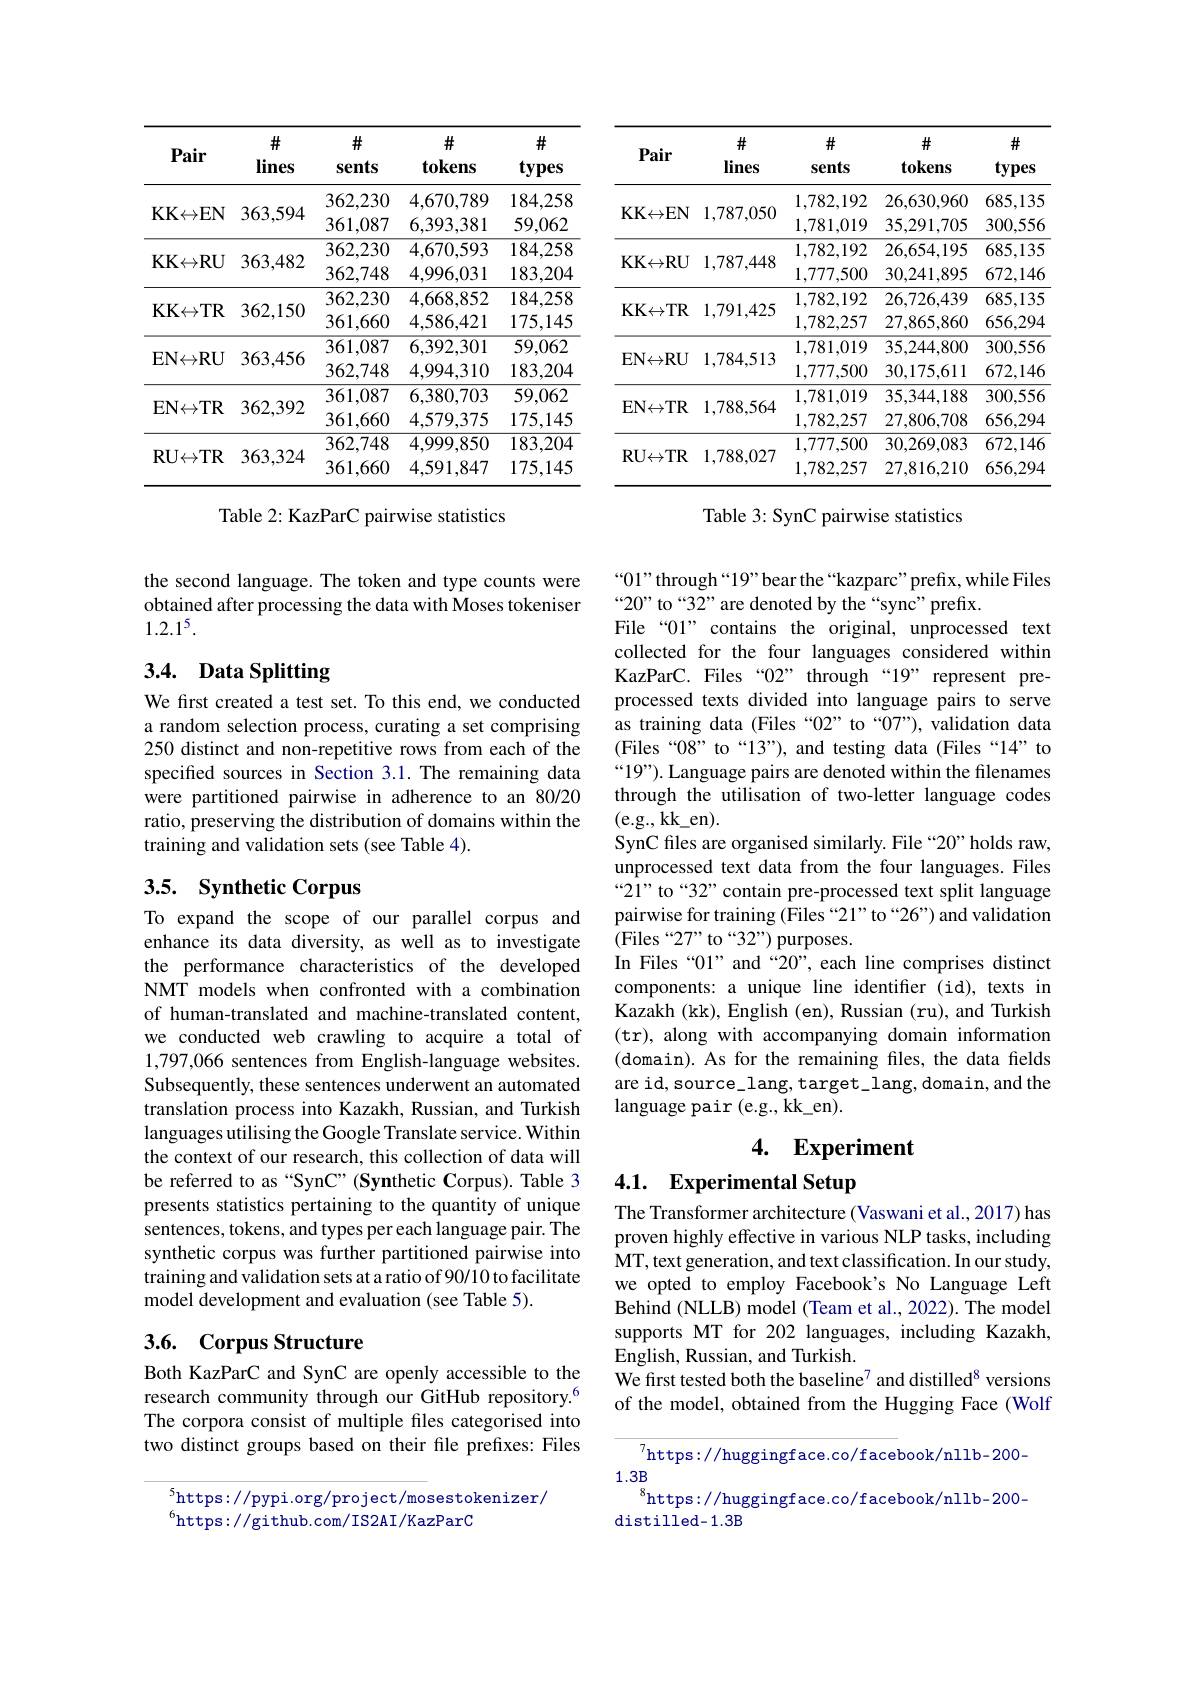
<table>
	<tbody>
		<tr>
			<th>Pair</th>
			<th>井 lines</th>
			<th>井 sents</th>
			<th>井 tokens</th>
			<th>井 types</th>
			<th>Pair</th>
			<th>$\#$ lines</th>
			<th>$\#$ sents</th>
			<th>$\#$ tokens</th>
			<th>$\#$ types</th>
		</tr>
		<tr>
			<td rowspan="2">KK$\leftrightarrow$EN</td>
			<td> </td>
			<td>362,230</td>
			<td>4,670,789</td>
			<td>184,258</td>
			<td> </td>
			<td>707 1</td>
			<td>1,782,192</td>
			<td>26,630,960</td>
			<td>685,135</td>
		</tr>
		<tr>
			<td>50,04</td>
			<td>361,087</td>
			<td>6,393,381</td>
			<td>59,062</td>
			<td>Mthy</td>
			<td>1,10/,000</td>
			<td>1,781,019</td>
			<td>35,291,705</td>
			<td>300,556</td>
		</tr>
		<tr>
			<td rowspan="2">KK$\leftrightarrow$RU</td>
			<td> </td>
			<td>362,230</td>
			<td>4,670,593</td>
			<td>184,258</td>
			<td> </td>
			<td> </td>
			<td>1,782,192</td>
			<td>26,654,195</td>
			<td>685,135</td>
		</tr>
		<tr>
			<td>$900,40\angle$</td>
			<td>362,748</td>
			<td>4,996,031</td>
			<td>183,204</td>
			<td>MTAU</td>
			<td>1,10/,440</td>
			<td>1,777,500</td>
			<td>30,241,895</td>
			<td>672,146</td>
		</tr>
		<tr>
			<td rowspan="2">$\mathbf{KK}\leftrightarrow\mathbf{TR}$</td>
			<td> </td>
			<td>362,230</td>
			<td>4,668,852</td>
			<td>184,258</td>
			<td> </td>
			<td>$AA5$</td>
			<td>1,782,192</td>
			<td>26,726,439</td>
			<td>685,135</td>
		</tr>
		<tr>
			<td>$\partial0\angle,100$</td>
			<td>361,660</td>
			<td>4,586,421</td>
			<td>175,145</td>
			<td>MTIN</td>
			<td>$1,171,4L.$ 1</td>
			<td>1,782,257</td>
			<td>27,865,860</td>
			<td>656,294</td>
		</tr>
		<tr>
			<td rowspan="2">$\mathbf{EN\leftrightarrow RU}$</td>
			<td>$\angle\angle AB=\angle AB$</td>
			<td>361,087</td>
			<td>6,392,301</td>
			<td>59,062</td>
			<td> </td>
			<td>17 E</td>
			<td>1,781,019</td>
			<td>35,244,800</td>
			<td>300,556</td>
		</tr>
		<tr>
			<td>900,400</td>
			<td>362,748</td>
			<td>4,994,310</td>
			<td>183,204</td>
			<td>BINTKL</td>
			<td>1,104,01.</td>
			<td>1,777,500</td>
			<td>30,175,611</td>
			<td>672,146</td>
		</tr>
		<tr>
			<td rowspan="2">$\mathbf{EN\leftrightarrow TR}$</td>
			<td>1 $\hat{\Lambda}r$</td>
			<td>361,087</td>
			<td>6,380,703</td>
			<td>59,062</td>
			<td> </td>
			<td> </td>
			<td>1,781,019</td>
			<td>35,344,188</td>
			<td>300,556</td>
		</tr>
		<tr>
			<td>$90\angle,9\angle$</td>
			<td>361,660</td>
			<td>4,579,375</td>
			<td>175,145</td>
			<td>DIYTIN</td>
			<td>$,100,J0$</td>
			<td>1,782,257</td>
			<td>27,806,708</td>
			<td>656,294</td>
		</tr>
		<tr>
			<td rowspan="2">RU$\leftrightarrow$TR</td>
			<td> </td>
			<td>362,748</td>
			<td>4,999,850</td>
			<td>183,204</td>
			<td> </td>
			<td> </td>
			<td>1,777,500</td>
			<td>30,269,083</td>
			<td>672,146</td>
		</tr>
		<tr>
			<td>$30,3\angle4$</td>
			<td>361,660</td>
			<td>4.591,847</td>
			<td>175,145</td>
			<td>KU$\mapsto$IK</td>
			<td>$1,100,0.0L$ 1</td>
			<td>1,782,257</td>
			<td>27,816,210</td>
			<td>656,294</td>
		</tr>
	</tbody>
</table>

Table 2: KazParC pairwise statistics

Table 3: SynC pairwise statistics

the second language. The token and type counts were obtained after processing the data with Moses tokeniser $1.2.1^5.$

### 3.4. Data Splitting

We first created a test set. To this end, we conducted a random selection process, curating a set comprising 250 distinct and non-repetitive rows from each of the specified sources in Section 3.1. The remaining data were partitioned pairwise in adherence to an 80/20 ratio, preserving the distribution of domains within the training and validation sets (see Table 4).

“01" through“19”bear the“kazparc”prefix,while Files
$“20”$ to “32” are denoted by the“sync” prefix.
File“01” contains the original, unprocessed text collected for the four languages considered within KazParC. Files“02” through“19” represent preprocessed texts divided into language pairs to serve as training data (Files“02” to“07”), validation data (Files“08” to“13”), and testing data (Files“14” to $“19”).$ Language pairs are denoted within the filenames through the utilisation of two-letter language codes (e.g., kk\_en).
SynC files are organised similarly. File “20”holds raw, unprocessed text data from the four languages. Files “21” to“32” contain pre-processed text split language pairwise for training (Files “21”to “26”) and validation ( Files “ 27" to “ 32” ) purposes.
In Files“01”and“20”,each line comprises distinct components: a unique line identifier (id), texts in Kazakh (kk), English (en), Russian (ru), and Turkish (tr), along with accompanying domain information (domain). As for the remaining files, the data fields are id, source\_lang, target\_lang, domain, and the language pair (e.g., kk\_en).

# 3.5. Synthetic Corpus

To expand the scope of our parallel corpus and enhance its data diversity, as well as to investigate the performance characteristics of the developed NMT models when confronted with a combination of human-translated and machine-translated content, we conducted web crawling to acquire a total of 1,797,066 sentences from English-language websites. Subsequently, these sentences underwent an automated translation process into Kazakh, Russian, and Turkish languages utilising the Google Translate service. Within the context of our research, this collection of data will be referred to as “SynC”(Synthetic Corpus). Table 3 presents statistics pertaining to the quantity of unique sentences, tokens, and types per each language pair. The synthetic corpus was further partitioned pairwise into training and validation sets at a ratio of 90/10 to facilitate model development and evaluation (see Table 5).

4. Experiment

4.1. Experimental Setup

The Transformer architecture (Vaswani et al., 2017) has proven highly effective in various NLP tasks, including MT, text generation, and text classification. In our study, we opted to employ Facebook's No Language Left Behind (NLLB) model (Team et al., 2022). The model supports MT for 202 languages, including Kazakh, English, Russian, and Turkish.
We first tested both the baseline$^{7}$ and distilled$^{8}$ versions of the model, obtained from the Hugging Face (Wolf

# 3.6. Corpus Structure

Both KazParC and SynC are openly accessible to the research community through our GitHub repository.$^{6}$ The corpora consist of multiple fles categorised into two distinct groups based on their file prefixes: Files

$^{7}$https://huggingface.co/facebook/nllb-200-
$1.3B$
$^{8}$https://huggingface.co/facebook/nllb-200-

distilled-1.3B

$^{5}$https://pypi.org/project/mosestokenizer/
$^{6}$https://github.com/IS2AI/KazParC